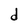
Character: d